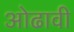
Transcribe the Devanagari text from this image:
ओढावी